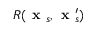
R ( \textbf { x } _ { s } , \textbf { x } _ { s } ^ { \prime } )